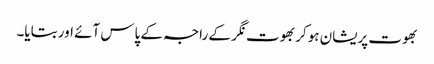
بھوت پریشان ہوکر بھوت نگر کے راجہ کے پاس آئے اور بتایا۔